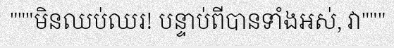
"""មិនឈប់ឈរ! បន្ទាប់ពីបានទាំងអស់, វា"""